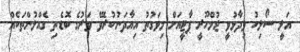
އަލީ ސޯލިހު ވިދާޅުވީ ޖުމްހޫރީ ޕާޓީއަށް މިވަގުތު އިއާދަނުކުރެވޭ ވަރުގެ ބޮޑެތި ގެއްލުންތަކެއް